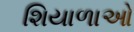
શિયાળાઓ